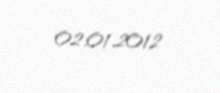
02.01.2012